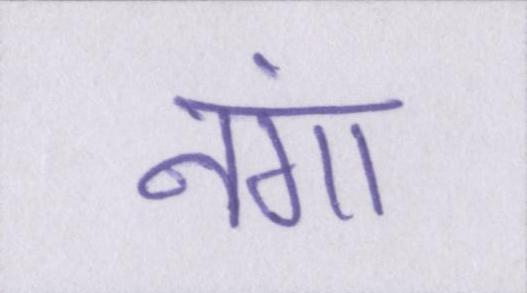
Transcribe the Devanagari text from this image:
नंगा